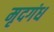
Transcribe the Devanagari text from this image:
मृदगंध